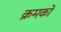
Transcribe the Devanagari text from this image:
क्रमकों